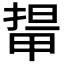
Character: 𭻛